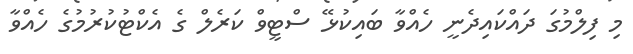
މި ފިލްމުގަ ދައްކައިދެނީ ހެއްވާ ބައިކުޅޭ ސްޓީވް ކަރެލް ގެ އެކްޓުކުރުމުގެ ހެއްވާ